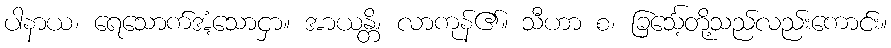
ပါနာယ၊ ရေသောက်အံ့သောငှာ။ အာယန္တိ၊ လာကုန်၏။ သီဟာ စ၊ ခြင်္သေ့တို့သည်လည်းကောင်း။